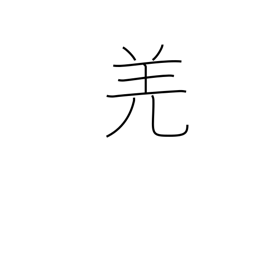
Meaning: barbarian